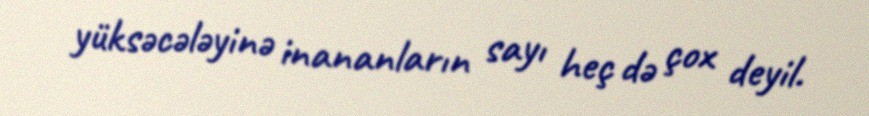
yüksəcələyinə inananların sayı heç də çox deyil.